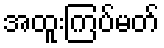
အထူးကြပ်မတ်